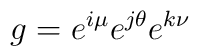
g=  e^{i\mu}e^{j\theta} e^{k\nu}